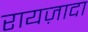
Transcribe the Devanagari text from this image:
रायज़ादा